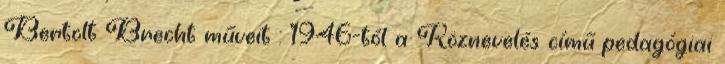
Bertolt Brecht műveit . 1946-tól a Köznevelés című pedagógiai